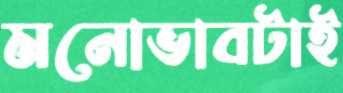
মনোভাবটাই